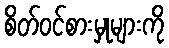
စိတ်ဝင်စားမှုများကို